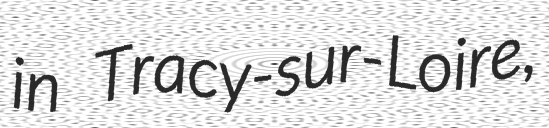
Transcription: in Tracy-sur-Loire,